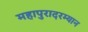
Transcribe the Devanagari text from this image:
महापुरादरम्यान